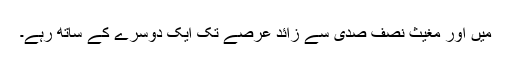
میں اور مغیث نصف صدی سے زائد عرصے تک ایک دوسرے کے ساتھ رہے۔